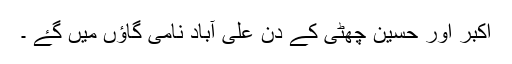
اکبر اور حسین چھٹی کے دن علی آباد نامی گاؤں میں گۓ ۔